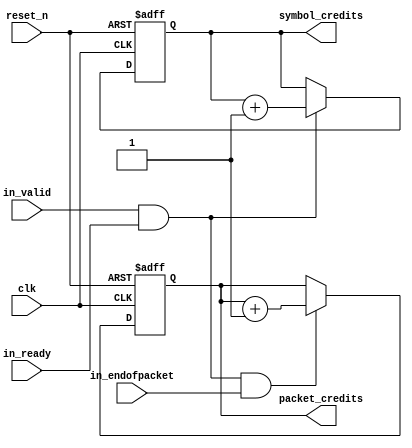
module credit_producer (
    clk,
    reset_n,
    in_valid,
    in_ready,
    in_endofpacket,
    symbol_credits,
    packet_credits
);
    parameter SYMBOLS_PER_CREDIT    = 1;
    parameter SYMBOLS_PER_BEAT      = 1;
    parameter USE_SYMBOL_CREDITS    = 1;
    parameter USE_PACKET_CREDITS    = 1;
    parameter USE_PACKETS           = 1;
    input clk;
    input reset_n;
    input in_valid;
    input in_ready;
    input in_endofpacket;
    output reg [15 : 0] symbol_credits;
    output reg [15 : 0] packet_credits;
    reg beat;
    reg eop_beat;
    reg [15 : 0] sym_count;
    reg [15 : 0] next_sym_count;
    reg rollover;
    always @* begin
        beat = in_valid && in_ready;
        if (USE_PACKETS)
            eop_beat = beat && in_endofpacket;
        else
            eop_beat = 0;
    end
generate
    if (SYMBOLS_PER_BEAT % SYMBOLS_PER_CREDIT == 0) begin
        always @(posedge clk or negedge reset_n) begin
            if (!reset_n)
                symbol_credits <= 0;
            else if (beat)
                symbol_credits <= symbol_credits + SYMBOLS_PER_BEAT/SYMBOLS_PER_CREDIT;
        end
    end
    else if (SYMBOLS_PER_CREDIT % SYMBOLS_PER_BEAT == 0) begin
        always @* begin
            next_sym_count = sym_count;
            if (beat)
                next_sym_count = sym_count + SYMBOLS_PER_BEAT;
        end
        always @* begin
            rollover =  (next_sym_count == SYMBOLS_PER_CREDIT) || eop_beat;
        end
        always @(posedge clk or negedge reset_n) begin
            if (!reset_n)
                sym_count <= 0;
            else if (rollover)
                sym_count <= 0;
            else
                sym_count <= next_sym_count;
        end
        always @(posedge clk or negedge reset_n) begin
            if (!reset_n)
                symbol_credits <= 0;
            else if (rollover)
                symbol_credits <= symbol_credits + 1;
        end
    end
endgenerate
    always @(posedge clk or negedge reset_n) begin
        if (!reset_n)
            packet_credits <= 0;
        else if (eop_beat)
            packet_credits <= packet_credits + 1;
    end
endmodule